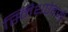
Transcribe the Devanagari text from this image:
स्मिथऐवजी